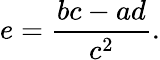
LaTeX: e={\frac{bc-ad}{c^{2}}}.